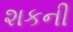
શકની